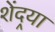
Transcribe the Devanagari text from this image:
शेंदर्‍या